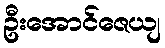
ဦးအောင်ဇေယျ